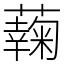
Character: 䕮